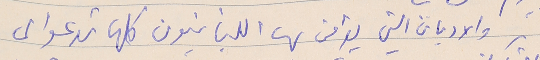
والاديان التي يؤمن بها اللبنانيون كلها تدعو الى